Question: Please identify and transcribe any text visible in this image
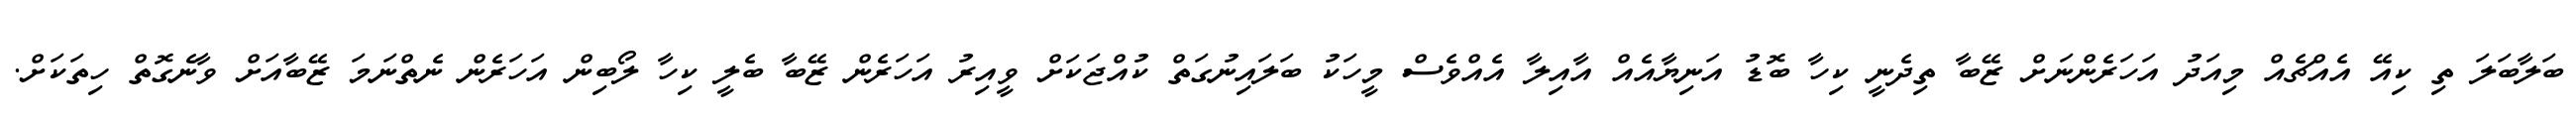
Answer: ބަލާބަލަ ތި ކިއޭ އެއްޗެއް މިއަދު އަހަރެންނަށް ޒޭބާ ތިދެނީ ކިހާ ބޮޑު އަނިޔާއެއް އާއިލާ އެއްވެސް މީހަކު ބަލައިނުގަތް ކުއްޖަކަށް ވީއިރު އަހަރެން ޒޭބާ ބެލީ ކިހާ ލޯބިން އަހަރެން ނެތްނަމަ ޒޭބާއަށް ވާނެގޮތް ހިތަކަށް.